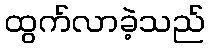
ထွက်လာခဲ့သည်